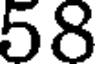
58